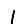
Digit: 1